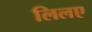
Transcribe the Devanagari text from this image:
लिलए